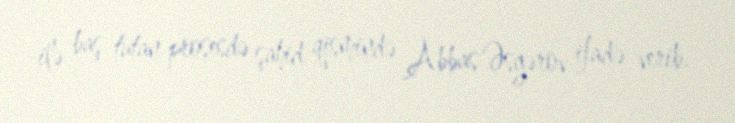
ilə baş tutan prosesdə şahid qismində Abbas Əsgərov ifadə verib.